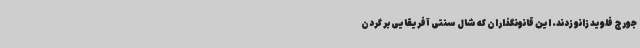
جورج فلوید زانو زدند. این قانونگذاران که شال سنتی آفریقایی بر گردن